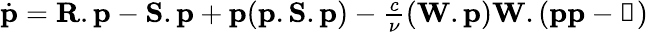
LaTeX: \begin{array}{r}{\dot{\mathbf{p}}=\mathbf{R}.\mathbf{p}-\mathbf{S}.\mathbf{p}+\mathbf{p}(\mathbf{p}.\mathbf{S}.\mathbf{p})-\frac{c}{\nu}(\mathbf{W}.\mathbf{p})\mathbf{W}.(\mathbf{pp}-\mathbb{1})}\end{array}